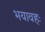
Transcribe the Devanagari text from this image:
भयावहः